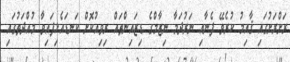
ރަށްރަށުގައި ޤާއިމު ކުރެވޭ ފެނާއި ނަރުދަމާ ނިޒާމްގެ ޑިޒައިންތައް ރިވިއުކޮށް ކަނޑައެޅިފައިވާ މުއްދަތުގައި